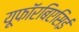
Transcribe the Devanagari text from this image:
यूफॉरबिएसिई